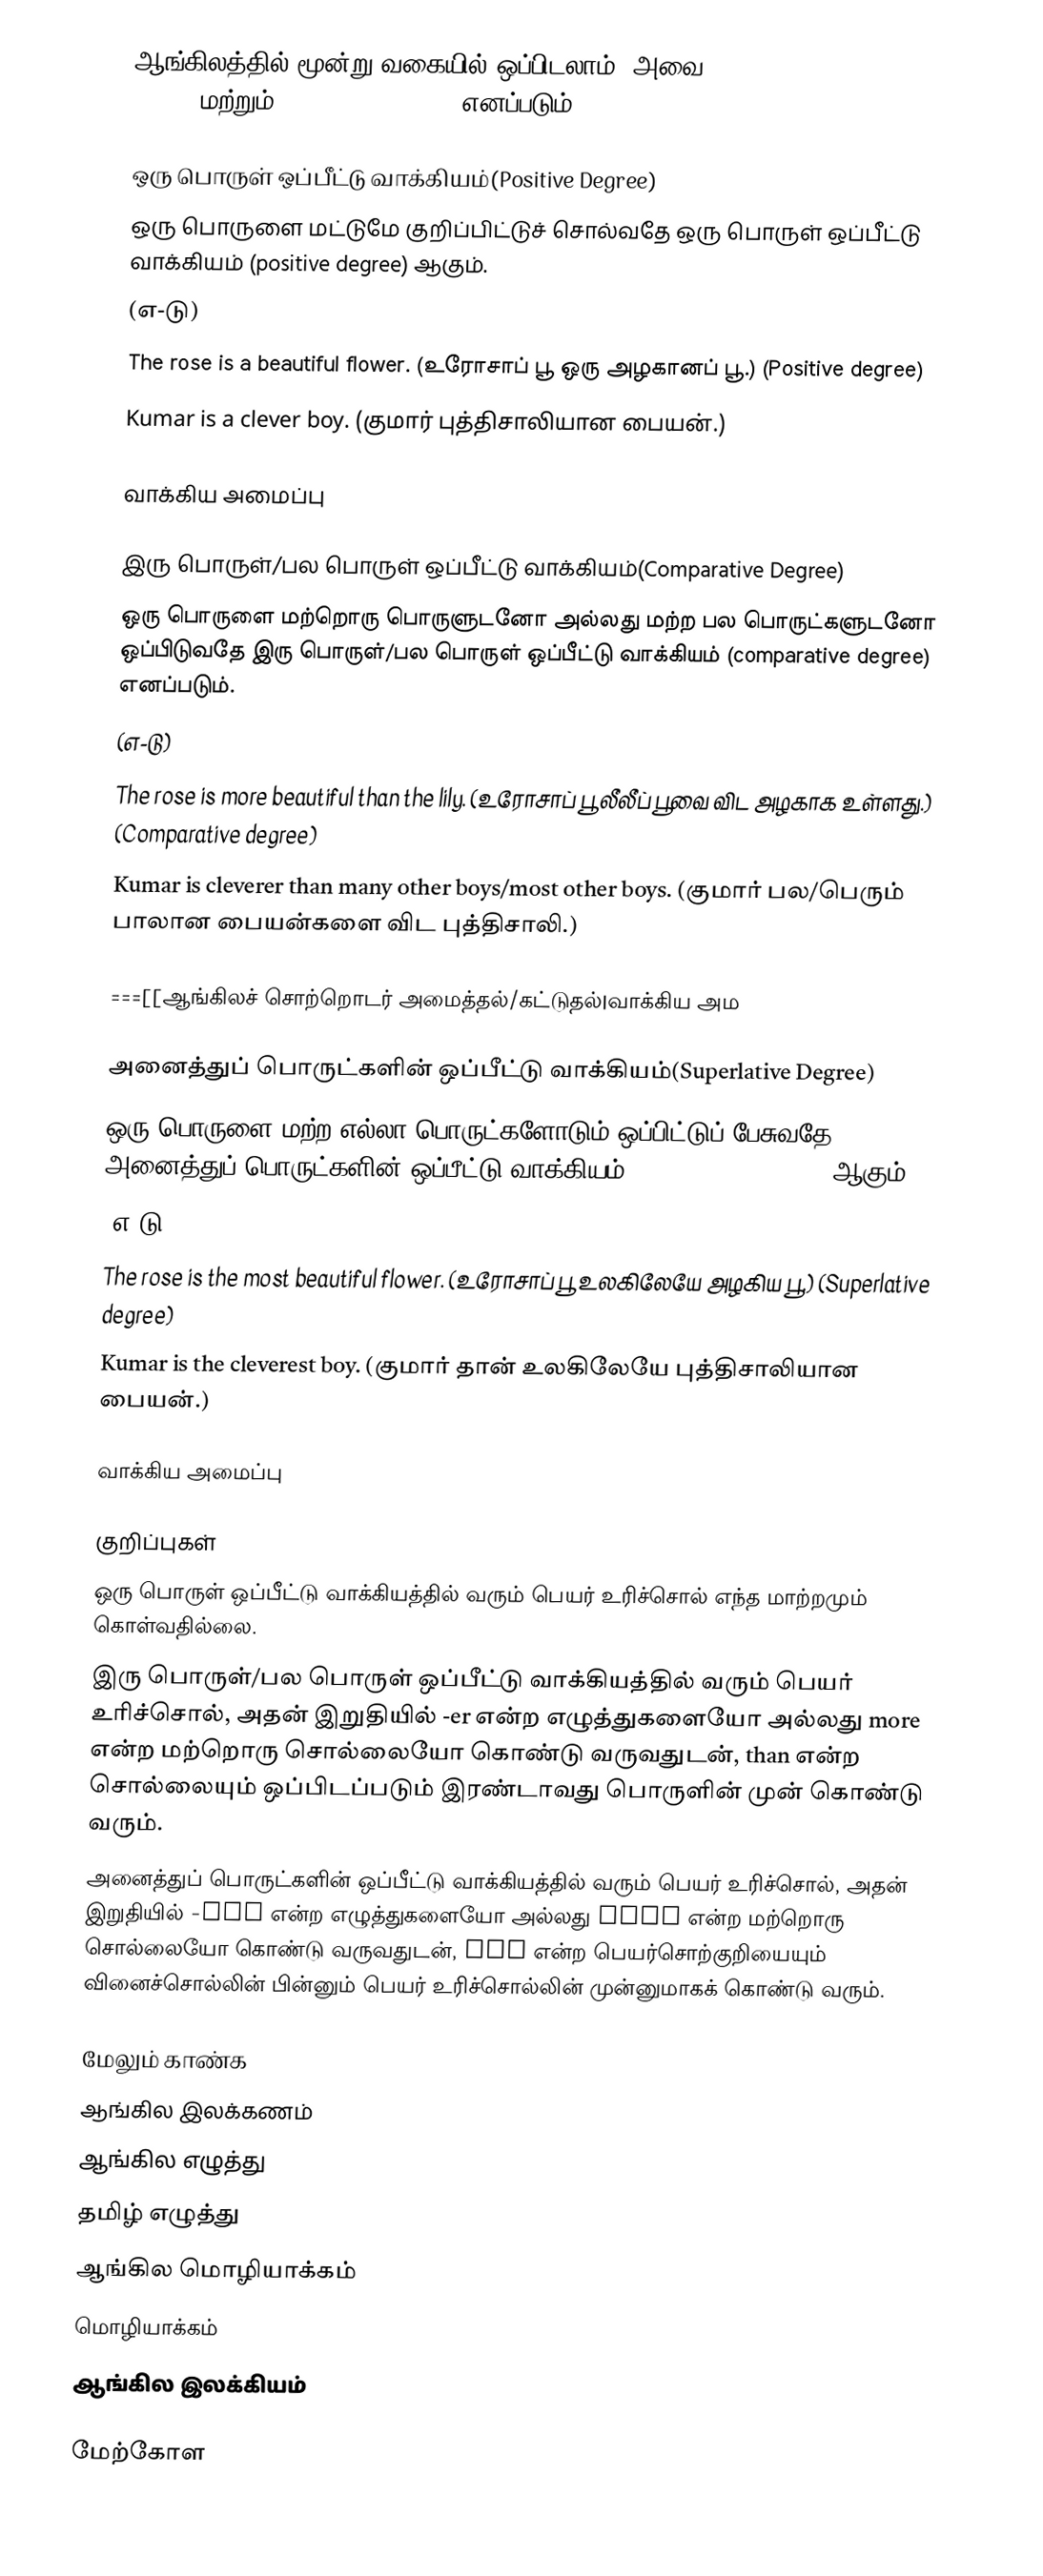
ஆங்கிலத்தில் மூன்று வகையில் ஒப்பிடலாம். அவை, positive degree, comparative degree மற்றும் superlative degree எனப்படும்.

ஒரு பொருள் ஒப்பீட்டு வாக்கியம்(Positive Degree)
ஒரு பொருளை மட்டுமே குறிப்பிட்டுச் சொல்வதே ஒரு பொருள் ஒப்பீட்டு வாக்கியம் (positive degree) ஆகும்.
(எ-டு)
 The rose is a beautiful flower. (உரோசாப் பூ ஒரு அழகானப் பூ.) (Positive degree)
 Kumar is a clever boy. (குமார் புத்திசாலியான பையன்.)

வாக்கிய அமைப்பு

இரு பொருள்/பல பொருள் ஒப்பீட்டு வாக்கியம்(Comparative Degree)
ஒரு பொருளை மற்றொரு பொருளுடனோ அல்லது மற்ற பல பொருட்களுடனோ ஒப்பிடுவதே இரு பொருள்/பல பொருள் ஒப்பீட்டு வாக்கியம் (comparative degree) எனப்படும்.
(எ-டு)
 The rose is more beautiful than the lily. (உரோசாப் பூ  லீலீப் பூவை விட அழகாக உள்ளது.) (Comparative degree)
 Kumar is cleverer than many other boys/most other boys. (குமார் பல/பெரும் பாலான பையன்களை விட புத்திசாலி.)

===[[ஆங்கிலச் சொற்றொடர் அமைத்தல்/கட்டுதல்|வாக்கிய அம

அனைத்துப் பொருட்களின் ஒப்பீட்டு வாக்கியம்(Superlative Degree)
ஒரு பொருளை மற்ற எல்லா பொருட்களோடும் ஒப்பிட்டுப் பேசுவதே அனைத்துப் பொருட்களின் ஒப்பீட்டு வாக்கியம் (superlative degree) ஆகும்.
(எ-டு)
 The rose is the most beautiful flower. (உரோசாப் பூ உலகிலேயே அழகிய பூ.) (Superlative degree)
 Kumar is the cleverest boy. (குமார் தான் உலகிலேயே புத்திசாலியான பையன்.)

வாக்கிய அமைப்பு

குறிப்புகள்
 ஒரு பொருள் ஒப்பீட்டு வாக்கியத்தில் வரும் பெயர் உரிச்சொல் எந்த மாற்றமும் கொள்வதில்லை.
 இரு பொருள்/பல பொருள் ஒப்பீட்டு வாக்கியத்தில் வரும் பெயர் உரிச்சொல், அதன் இறுதியில் -er என்ற எழுத்துகளையோ அல்லது more என்ற மற்றொரு சொல்லையோ கொண்டு வருவதுடன், than என்ற சொல்லையும் ஒப்பிடப்படும் இரண்டாவது பொருளின் முன் கொண்டு வரும்.
 அனைத்துப் பொருட்களின் ஒப்பீட்டு வாக்கியத்தில் வரும் பெயர் உரிச்சொல், அதன் இறுதியில் -est என்ற எழுத்துகளையோ அல்லது most என்ற மற்றொரு சொல்லையோ கொண்டு வருவதுடன், the என்ற பெயர்சொற்குறியையும் வினைச்சொல்லின் பின்னும் பெயர் உரிச்சொல்லின் முன்னுமாகக் கொண்டு வரும்.

மேலும் காண்க
ஆங்கில இலக்கணம்
ஆங்கில எழுத்து
தமிழ் எழுத்து
ஆங்கில மொழியாக்கம்
மொழியாக்கம்
ஆங்கில இலக்கியம்

மேற்கோள